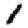
Digit: 1